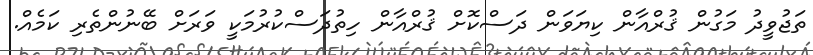
ތަޖުވީދު މަގުން ޤުރްއާން ކިޔަވަން ދަސްކޮށް ޤުރްއާން ހިތުދަސްކުރުމަކީ ވަރަށް ބޭނުންތެރި ކަމެއް.